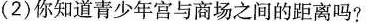
(2)你知道青少年宫与商场之间的距离吗?